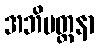
အဘိပတ္ထနာ